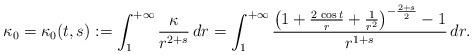
LaTeX: \begin{align*}\kappa_0=\kappa_0(t,s):=\int_1^{+\infty} \frac{\kappa}{r^{2+s}}\,dr=\int_1^{+\infty} \frac{\left( 1+\frac{2\,\cos t}{r}+\frac{1}{r^2}\right)^{-\frac{2+s}{2}} -1}{r^{1+s}}\,dr.\end{align*}